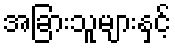
အခြားသူများနှင့်